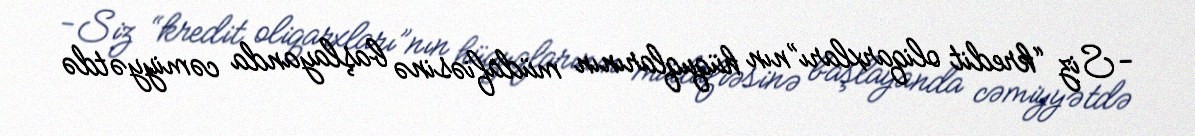
-Siz “kredit oliqarxları”nın hüquqlarının müdafiəsinə başlayanda cəmiyyətdə